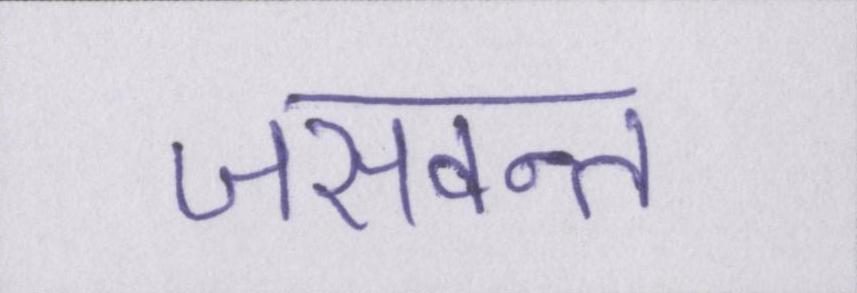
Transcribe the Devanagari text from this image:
जसवन्त